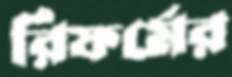
রিফর্মের